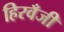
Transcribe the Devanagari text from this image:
हिरवँजी